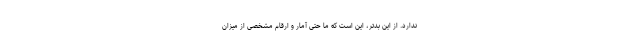
ندارد. از این بدتر، این است که ما حتی آمار و ارقام مشخصی از میزان